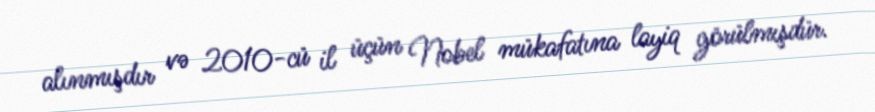
alınmışdır və 2010-cü il üçün Nobel mükafatına layiq görülmışdür.